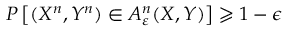
P \left[ ( X ^ { n } , Y ^ { n } ) \in A _ { \varepsilon } ^ { n } ( X , Y ) \right] \geqslant 1 - \epsilon